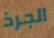
الجرذ